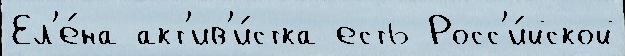
Ел'е́на акт'ив'и́стка есть Росс'и́йской